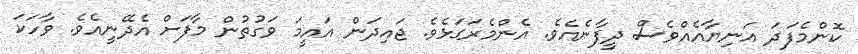
ކޮންމެފަދަ އަނިޔާއެއްވެސް ދީފާނެއެވެ. އެންމެރަގަޅެވެ. ޖައިދަން އައީމަ ވަގުތުން މާފަށް އެދޭނީއެވެ. ވާހަކަ